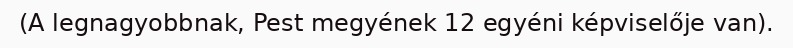
(A legnagyobbnak, Pest megyének 12 egyéni képviselője van).